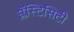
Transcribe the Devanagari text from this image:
प्लॅस्टिसिटी